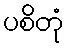
ပစိတုံ